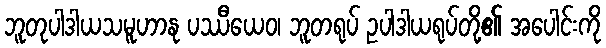
ဘူတုပါဒါယသမူဟာနု ပဿီယေဝ၊ ဘူတရုပ် ဥပါဒါယရုပ်တို့၏ အပေါင်းကို